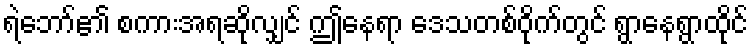
ရဲဘော်၏ စကားအရဆိုလျှင် ဤနေရာ ဒေသတစ်ဝိုက်တွင် ရွာနေရွာထိုင်